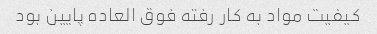
کیفیت مواد به کار رفته فوق العاده پایین بود